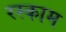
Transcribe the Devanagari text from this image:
रस्काम